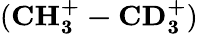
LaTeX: (\mathbf{CH_{3}^{+}-CD_{3}^{+}})